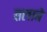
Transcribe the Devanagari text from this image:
तलाबे